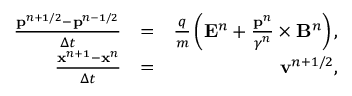
\begin{array} { r l r } { \frac { \mathbf { p } ^ { n + 1 / 2 } - \mathbf { p } ^ { n - 1 / 2 } } { \Delta t } } & { = } & { \frac { q } { m } \left( \mathbf { E } ^ { n } + \frac { \mathbf { p } ^ { n } } { \gamma ^ { n } } \times \mathbf { B } ^ { n } \right) , } \\ { \frac { \mathbf { x } ^ { n + 1 } - \mathbf { x } ^ { n } } { \Delta t } } & { = } & { \mathbf { v } ^ { n + 1 / 2 } , } \end{array}